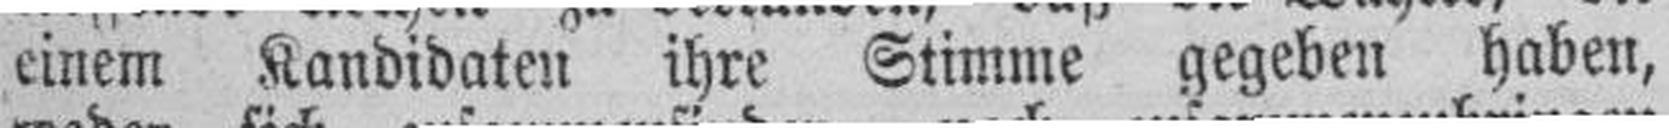
einem Kandidaten ihre Stimme gegeben haben,